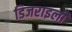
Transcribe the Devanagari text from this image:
डिजराइली